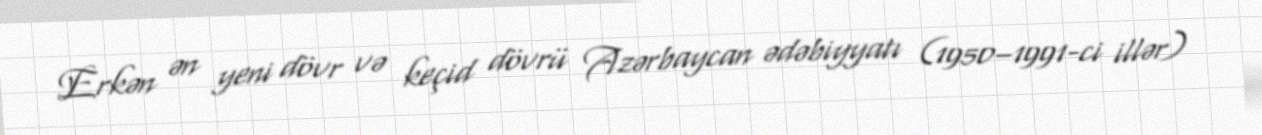
Erkən ən yeni dövr və keçid dövrü Azərbaycan ədəbiyyatı (1950–1991-ci illər)